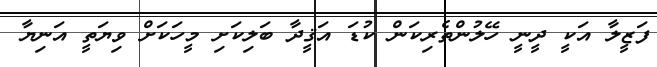
ފަޒީލާ އަކީ ދީނީ ހޭލުންތެރިކަން ކުޑަ އަޤީދާ ބަލިކަށި މީހަކަށް ވިޔަތީ އަނިޔާ